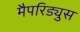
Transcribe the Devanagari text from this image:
मैपरिड्युस